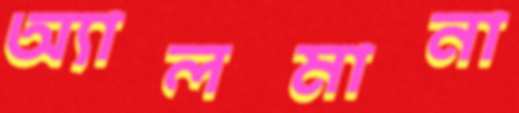
অ্যালমানা